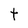
Character: t